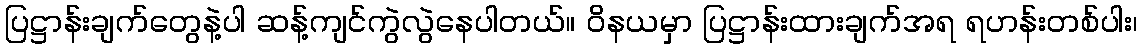
ပြဋ္ဌာန်းချက်တွေနဲ့ပါ ဆန့်ကျင်ကွဲလွဲနေပါတယ်။ ဝိနယမှာ ပြဋ္ဌာန်းထားချက်အရ ရဟန်းတစ်ပါး၊